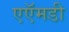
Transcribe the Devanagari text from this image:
एऍमडी